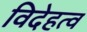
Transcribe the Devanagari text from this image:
विदेहत्व